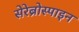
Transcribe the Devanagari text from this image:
सेरेब्रोस्पाइन